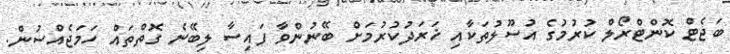
ބަޖެޓް ކޮންޓްރޯލް ކުރުމުގެ އުސޫލުތަކާއި ޚަރަދުކުރުމަށް ބޭނުންވާ ފައިސާ ލިބޭނެ ގޮތްތައް ހަމަޖެއްސުން.